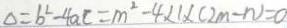
\Delta = b ^ { 2 } - 4 a c = m ^ { 2 } - 4 \times 1 \times ( 2 m - n ) = 0